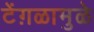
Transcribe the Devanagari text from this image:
टेंग़ळामुळे